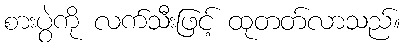
စားပွဲကို လက်သီးဖြင့် ထုတတ်လာသည်။